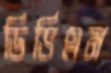
ডিভিএম